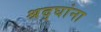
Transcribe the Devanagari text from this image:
श्रद्घांना